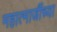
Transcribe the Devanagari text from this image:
महात्माजींच्या